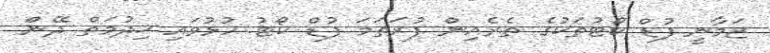
ޒަމާނީ ފުޑް ކޯޓުތަކުގެ ތެރެއިން ފުރަތަމަ ފުޑް ކޯޓު ހުޅުވައި ޚިދުމަތް ދޭން